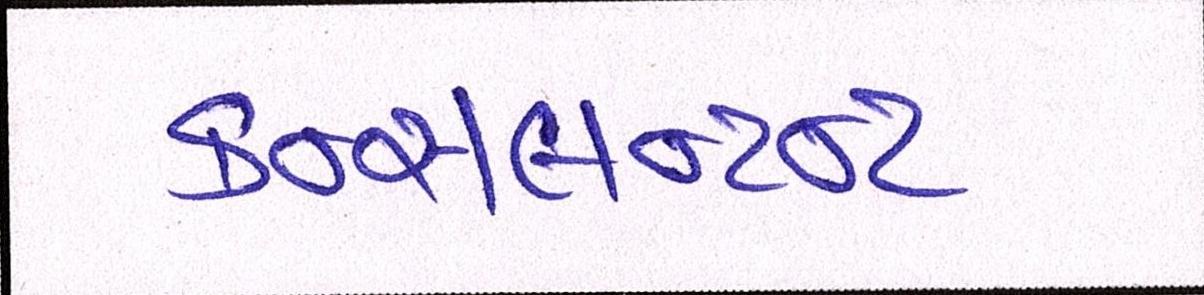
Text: કન્સલન્ટન્ટ